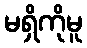
မရှိကိုမူ